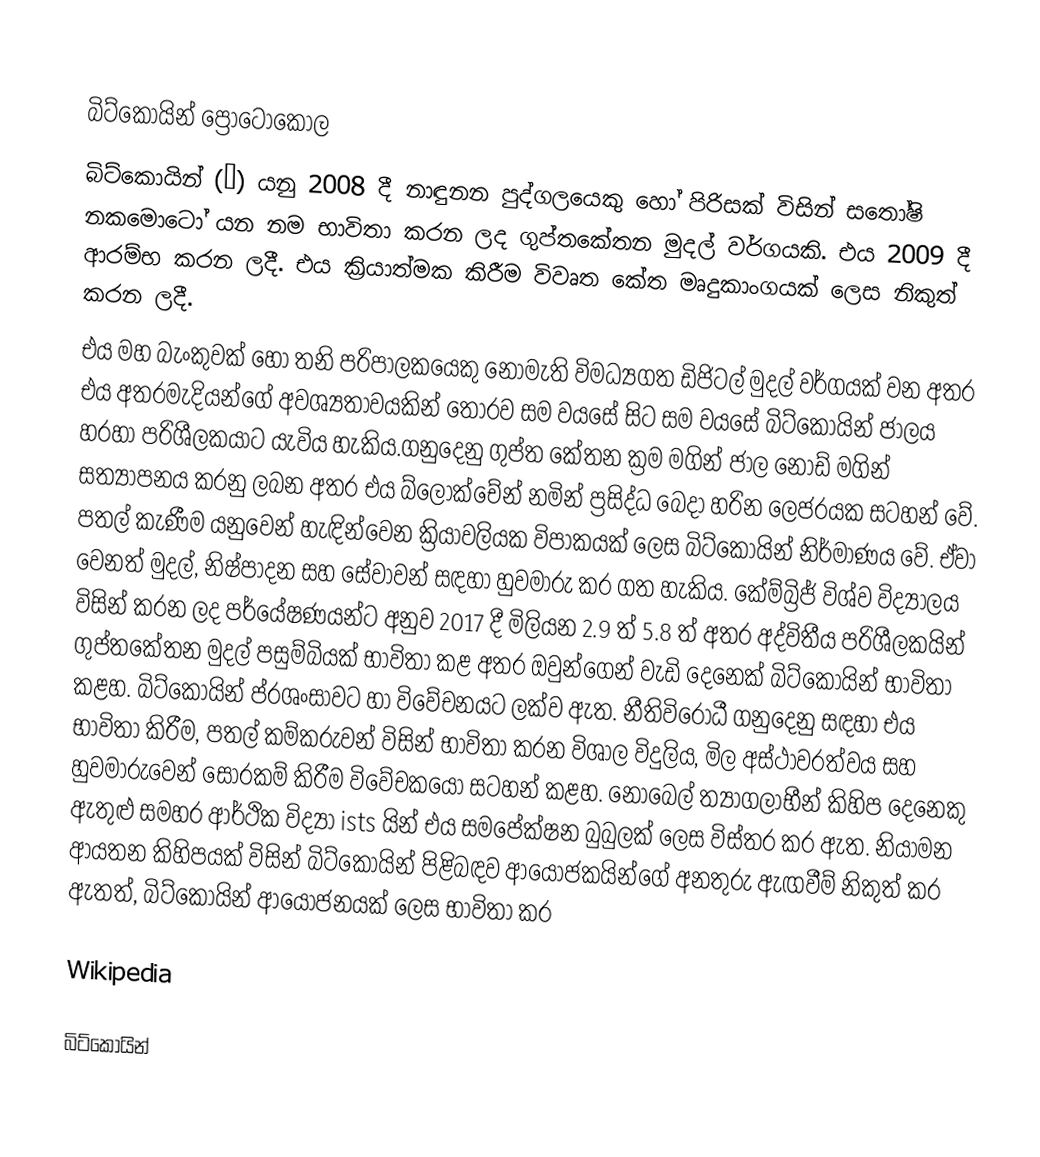

බිට්කොයින් ප්‍රොටොකොල
බිට්කොයින් (₿) යනු 2008 දී නාඳුනන පුද්ගලයෙකු හෝ පිරිසක් විසින් සතෝෂි නකමොටෝ  යන නම භාවිතා කරන ලද ගුප්තකේතන මුදල් වර්ගයකි. එය 2009 දී ආරම්භ කරන ලදී. එය ක්‍රියාත්මක කිරීම විවෘත කේත මෘදුකාංගයක් ලෙස නිකුත් කරන ලදී.
එය මහ බැංකුවක් හෝ තනි පරිපාලකයෙකු නොමැති විමධ්‍යගත ඩිජිටල් මුදල් වර්ගයක් වන අතර එය අතරමැදියන්ගේ අවශ්‍යතාවයකින් තොරව සම වයසේ සිට සම වයසේ බිට්කොයින් ජාලය හරහා පරිශීලකයාට යැවිය හැකිය.ගනුදෙනු ගුප්ත කේතන ක්‍රම මගින් ජාල නෝඩ් මගින් සත්‍යාපනය කරනු ලබන අතර එය බ්ලොක්චේන් නමින් ප්‍රසිද්ධ බෙදා හරින ලෙජරයක සටහන් වේ. පතල් කැණීම යනුවෙන් හැඳින්වෙන ක්‍රියාවලියක විපාකයක් ලෙස බිට්කොයින් නිර්මාණය වේ. ඒවා වෙනත් මුදල්, නිෂ්පාදන සහ සේවාවන් සඳහා හුවමාරු කර ගත හැකිය. කේම්බ්‍රිජ් විශ්ව විද්‍යාලය විසින් කරන ලද පර්යේෂණයන්ට අනුව 2017 දී මිලියන 2.9 ත් 5.8 ත් අතර අද්විතීය පරිශීලකයින් ගුප්තකේතන මුදල් පසුම්බියක් භාවිතා කළ අතර ඔවුන්ගෙන් වැඩි දෙනෙක් බිට්කොයින් භාවිතා කළහ. බිට්කොයින් ප්රශංසාවට හා විවේචනයට ලක්ව ඇත. නීතිවිරෝධී ගනුදෙනු සඳහා එය භාවිතා කිරීම, පතල් කම්කරුවන් විසින් භාවිතා කරන විශාල විදුලිය, මිල අස්ථාවරත්වය සහ හුවමාරුවෙන් සොරකම් කිරීම විවේචකයෝ සටහන් කළහ. නොබෙල් ත්‍යාගලාභීන් කිහිප දෙනෙකු ඇතුළු සමහර ආර්ථික විද්‍යා ists යින් එය සමපේක්ෂන බුබුලක් ලෙස විස්තර කර ඇත. නියාමන ආයතන කිහිපයක් විසින් බිට්කොයින් පිළිබඳව ආයෝජකයින්ගේ අනතුරු ඇඟවීම් නිකුත් කර ඇතත්, බිට්කොයින් ආයෝජනයක් ලෙස භාවිතා කර

Wikipedia

බිට්කොයින්